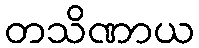
တသိဏာယ